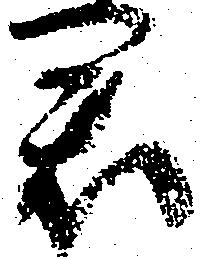
君